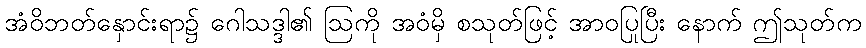
အံဝိဘတ်နှောင်းရာ၌ ဂေါသဒ္ဒါ၏ ဩကို အဝံမှိ စသုတ်ဖြင့် အာဝပြုပြီး နောက် ဤသုတ်က